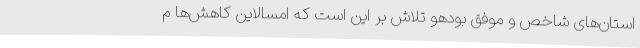
استان‌های شاخص و موفق بودهو تلاش بر این است که امسالاین کاهش‌ها م